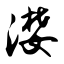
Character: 漤